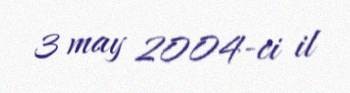
3 may 2004-ci il